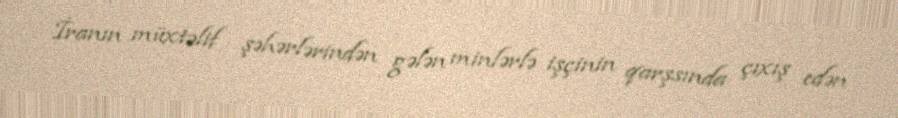
İranın müxtəlif şəhərlərindən gələn minlərlə işçinin qarşsında çıxış edən